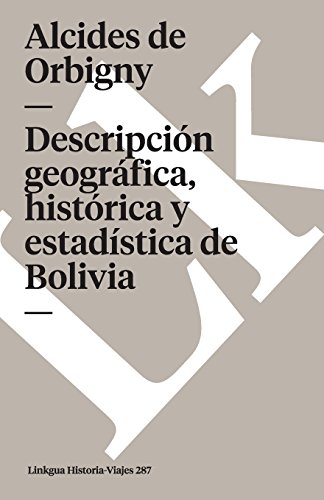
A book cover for DescripciÃ³n geogrÃ¡fica, histÃ³rica y estadÃ­stica de Bolivia (Memoria-Viajes) (Spanish Edition); Alcides de Orbigny; Travel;